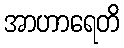
အာဟာရေတိ